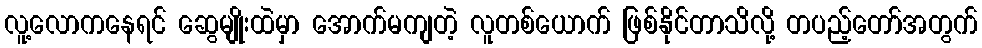
လူ့လောကနေရင် ဆွေမျိုးထဲမှာ အောက်မကျတဲ့ လူတစ်ယောက် ဖြစ်နိုင်တာသိလို့ တပည့်တော်အတွက်